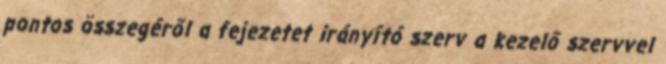
pontos összegéről a fejezetet irányító szerv a kezelő szervvel